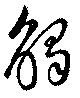
觸